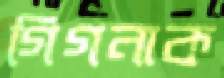
গিগনাক